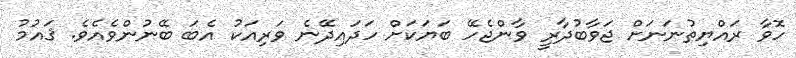
ހޮވާ ރައްޔިތުނަނަށް ޖަވާބުދާރީ ވާންޖެހޭ ބަޔަކަށް ހަދައިދޭނެ ވަރިއަކު އެބަ ބޭނުންވެއެވެ. ޤައުމު